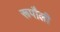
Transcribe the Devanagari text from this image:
रूपौली